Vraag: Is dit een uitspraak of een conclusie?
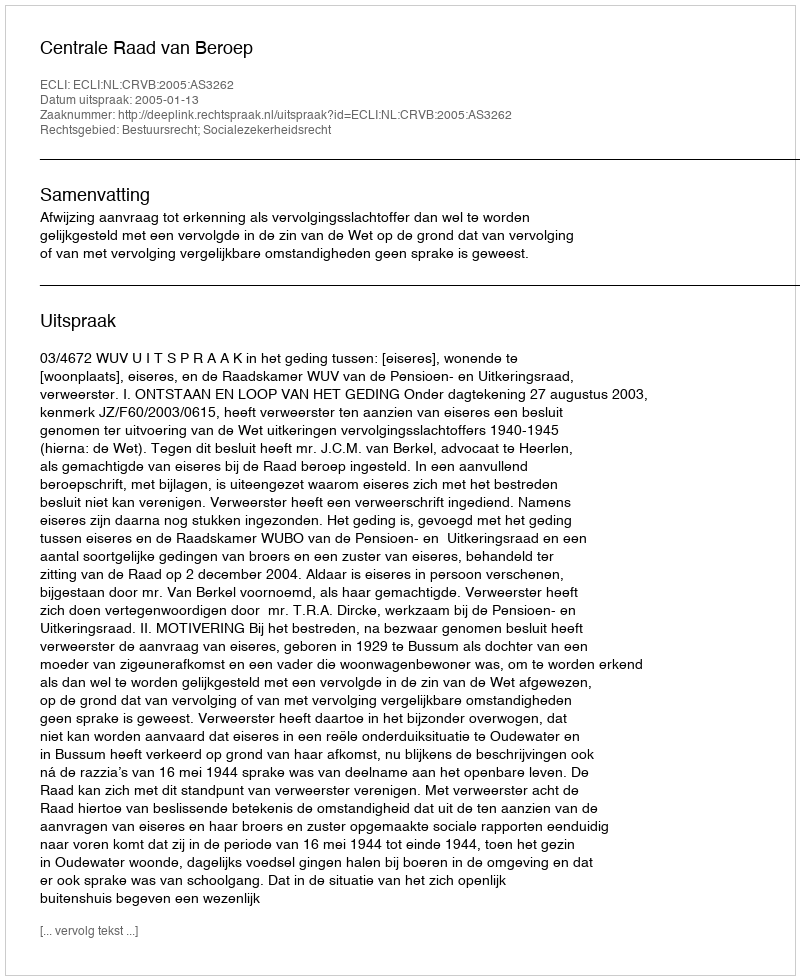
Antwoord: Uitspraak